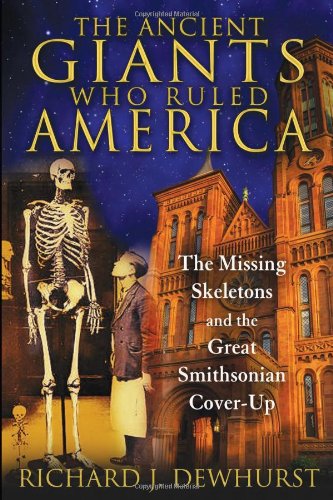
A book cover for The Ancient Giants Who Ruled America: The Missing Skeletons and the Great Smithsonian Cover-Up; Richard J. Dewhurst; Science & Math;